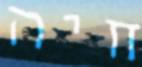
חיה